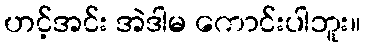
ဟင့်အင်း အဲဒါမ ကောင်းပါဘူး။